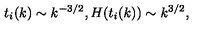
t _ { i } ( k ) \sim k ^ { - 3 / 2 } , H ( t _ { i } ( k ) ) \sim k ^ { 3 / 2 } ,